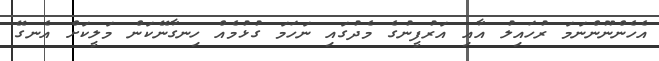
އެހެންނޫންނަމަ ރުހައިލު އާއި އަރުފީނުގެ މެދުގައި ނަހަމަ ގުޅުމެއް ހިނގާނޭކަން މަލީކަށް އެނގޭ